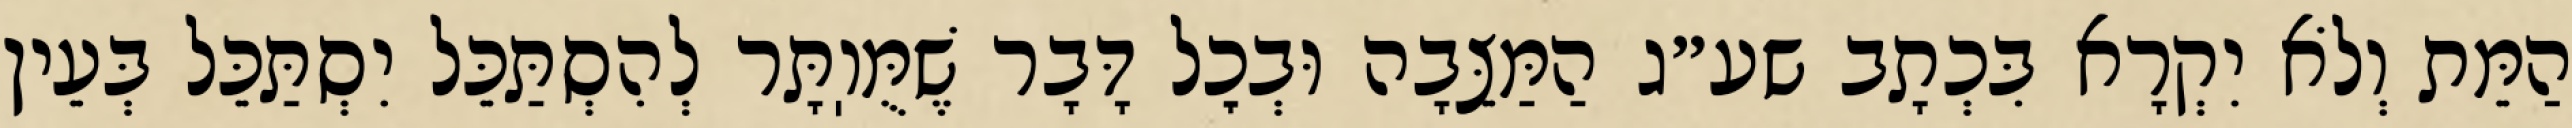
הַמֵּת וְלֹא יִקְרָא בִּכְתָב שע״ג הַמַּצֵּבָה וּבְכׇל דָּבָר שֶׁמֻּוֽתָּר לְהִסְתַּכֵּל יִסְתַּכֵּל בְּעֵין